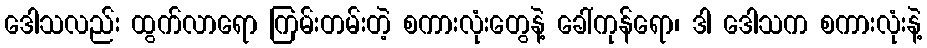
ဒေါသလည်း ထွက်လာရော ကြမ်းတမ်းတဲ့ စကားလုံးတွေနဲ့ ခေါ်ကုန်ရော၊ ဒါ ဒေါသက စကားလုံးနဲ့